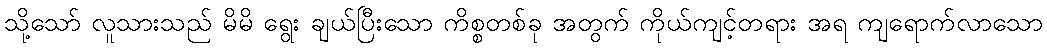
သို့သော် လူသားသည် မိမိ ရွေး ချယ်ပြီးသော ကိစ္စတစ်ခု အတွက် ကိုယ်ကျင့်တရား အရ ကျရောက်လာသော